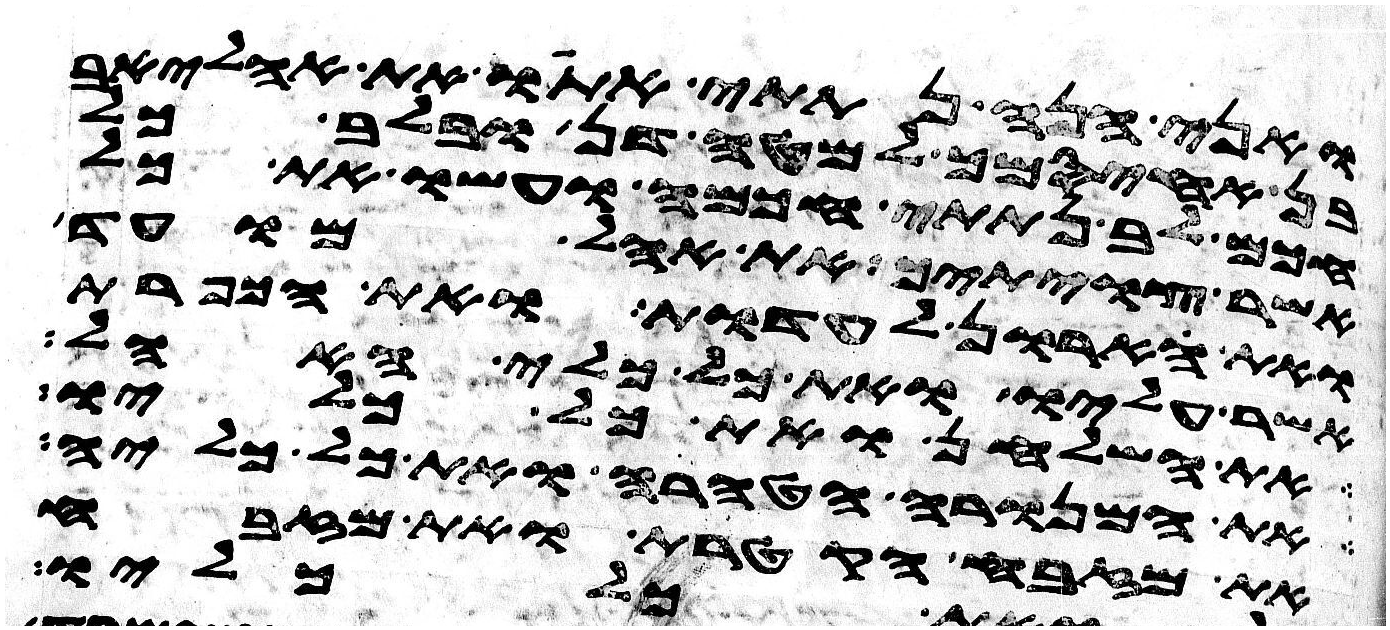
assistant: ואני הנה נתתי אתו את אהליאב
בן אחיסמך למטה דן ובלב כל
חכם לב נתתי חכמה ועשו את כל
אשר צויתיך את אהל מועד
ואת הארון לעדות ואת הכפרת
אשר עליו ואת כל כלי האהל
את השלחן ואת כל כליו
את המנורה הטהרה ואת כל כליה
את מזבח הקטרת ואת מזבח